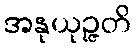
အနုယုဉ္ဇတိ